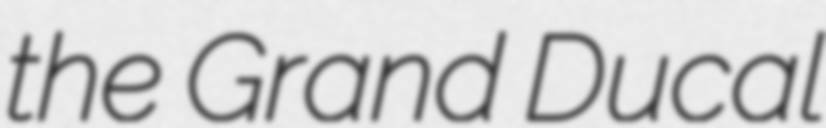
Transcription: the Grand Ducal